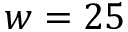
w = 2 5